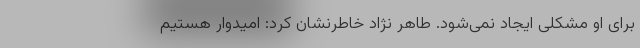
برای او مشکلی ایجاد نمی‌شود. طاهر نژاد خاطرنشان کرد: امیدوار هستیم